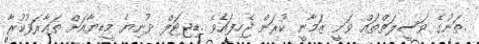
.ތަނުގެ ވަސީލަތްތައް ވަނީ ޒަމާނީ ކުރަން ޖެހިފައެވެ .ޑިޖިޓަލް ދުނިޔެ މީޑިޔާއަށް ތަޢާރަފުކުރާ